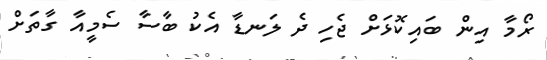
ރޯމާ އިން ބައިކޮޅަށް ޖެހި ދެ ލަނޑާ އެކު ބާސާ ސެމީއާ ގާތަށް